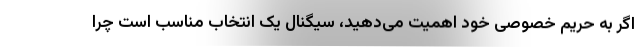
اگر به حریم خصوصی خود اهمیت می‌دهید، سیگنال یک انتخاب مناسب است چرا